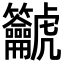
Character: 𪛔